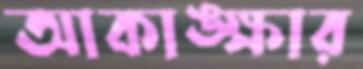
আকাঙ্ক্ষার